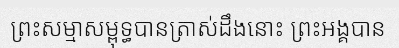
ព្រះសម្មាសម្ពុទ្ធបានត្រាស់ដឹងនោះ ព្រះអង្គបាន